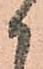
御